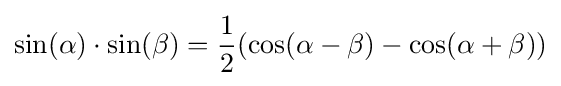
\sin(\alpha )\cdot \sin(\beta )={\frac {1}{2}}(\cos(\alpha -\beta )-\cos(\alpha +\beta ))